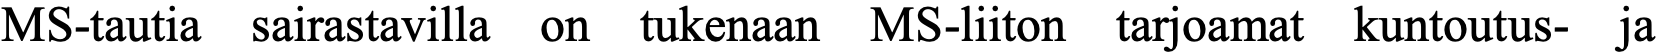
MS-tautia sairastavilla on tukenaan MS-liiton tarjoamat kuntoutus- ja